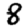
Digit: 8